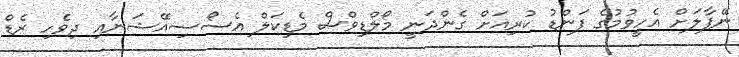
ނޭޕާލަށް އެހީވުމުގެ ފަންޑު ކުރިއަށް ގެންދަނީ މޯލްޑިވްސް މެޑިކަލް އެސޯސިއޭޝަނާއި ދިވެހި ރެޑް